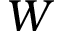
W